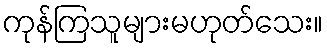
ကုန်ကြသူများမဟုတ်သေး။